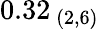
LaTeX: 0.32_{\ (2,6)}